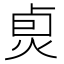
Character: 𤈴